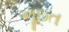
નૂઇત